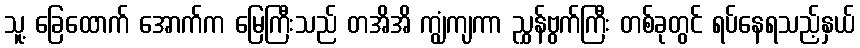
သူ့ ခြေထောက် အောက်က မြေကြီးသည် တအိအိ ကျွံကျကာ ညွှန်ဗွက်ကြီး တစ်ခုတွင် ရပ်နေရသည့်နှယ်